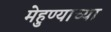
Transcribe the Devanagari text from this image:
मेहुण्याच्या